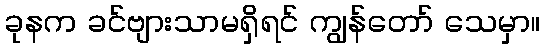
ခုနက ခင်ဗျားသာမရှိရင် ကျွန်တော် သေမှာ။